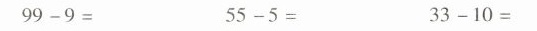
$$9 9 - 9 =$$ $$5 5 - 5 =$$ $$3 3 - 1 0 =$$